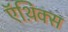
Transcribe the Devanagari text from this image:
ऍथ़िक्स